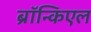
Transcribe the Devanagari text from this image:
ब्रॉन्किएल